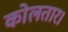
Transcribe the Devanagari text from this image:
कोलतार।